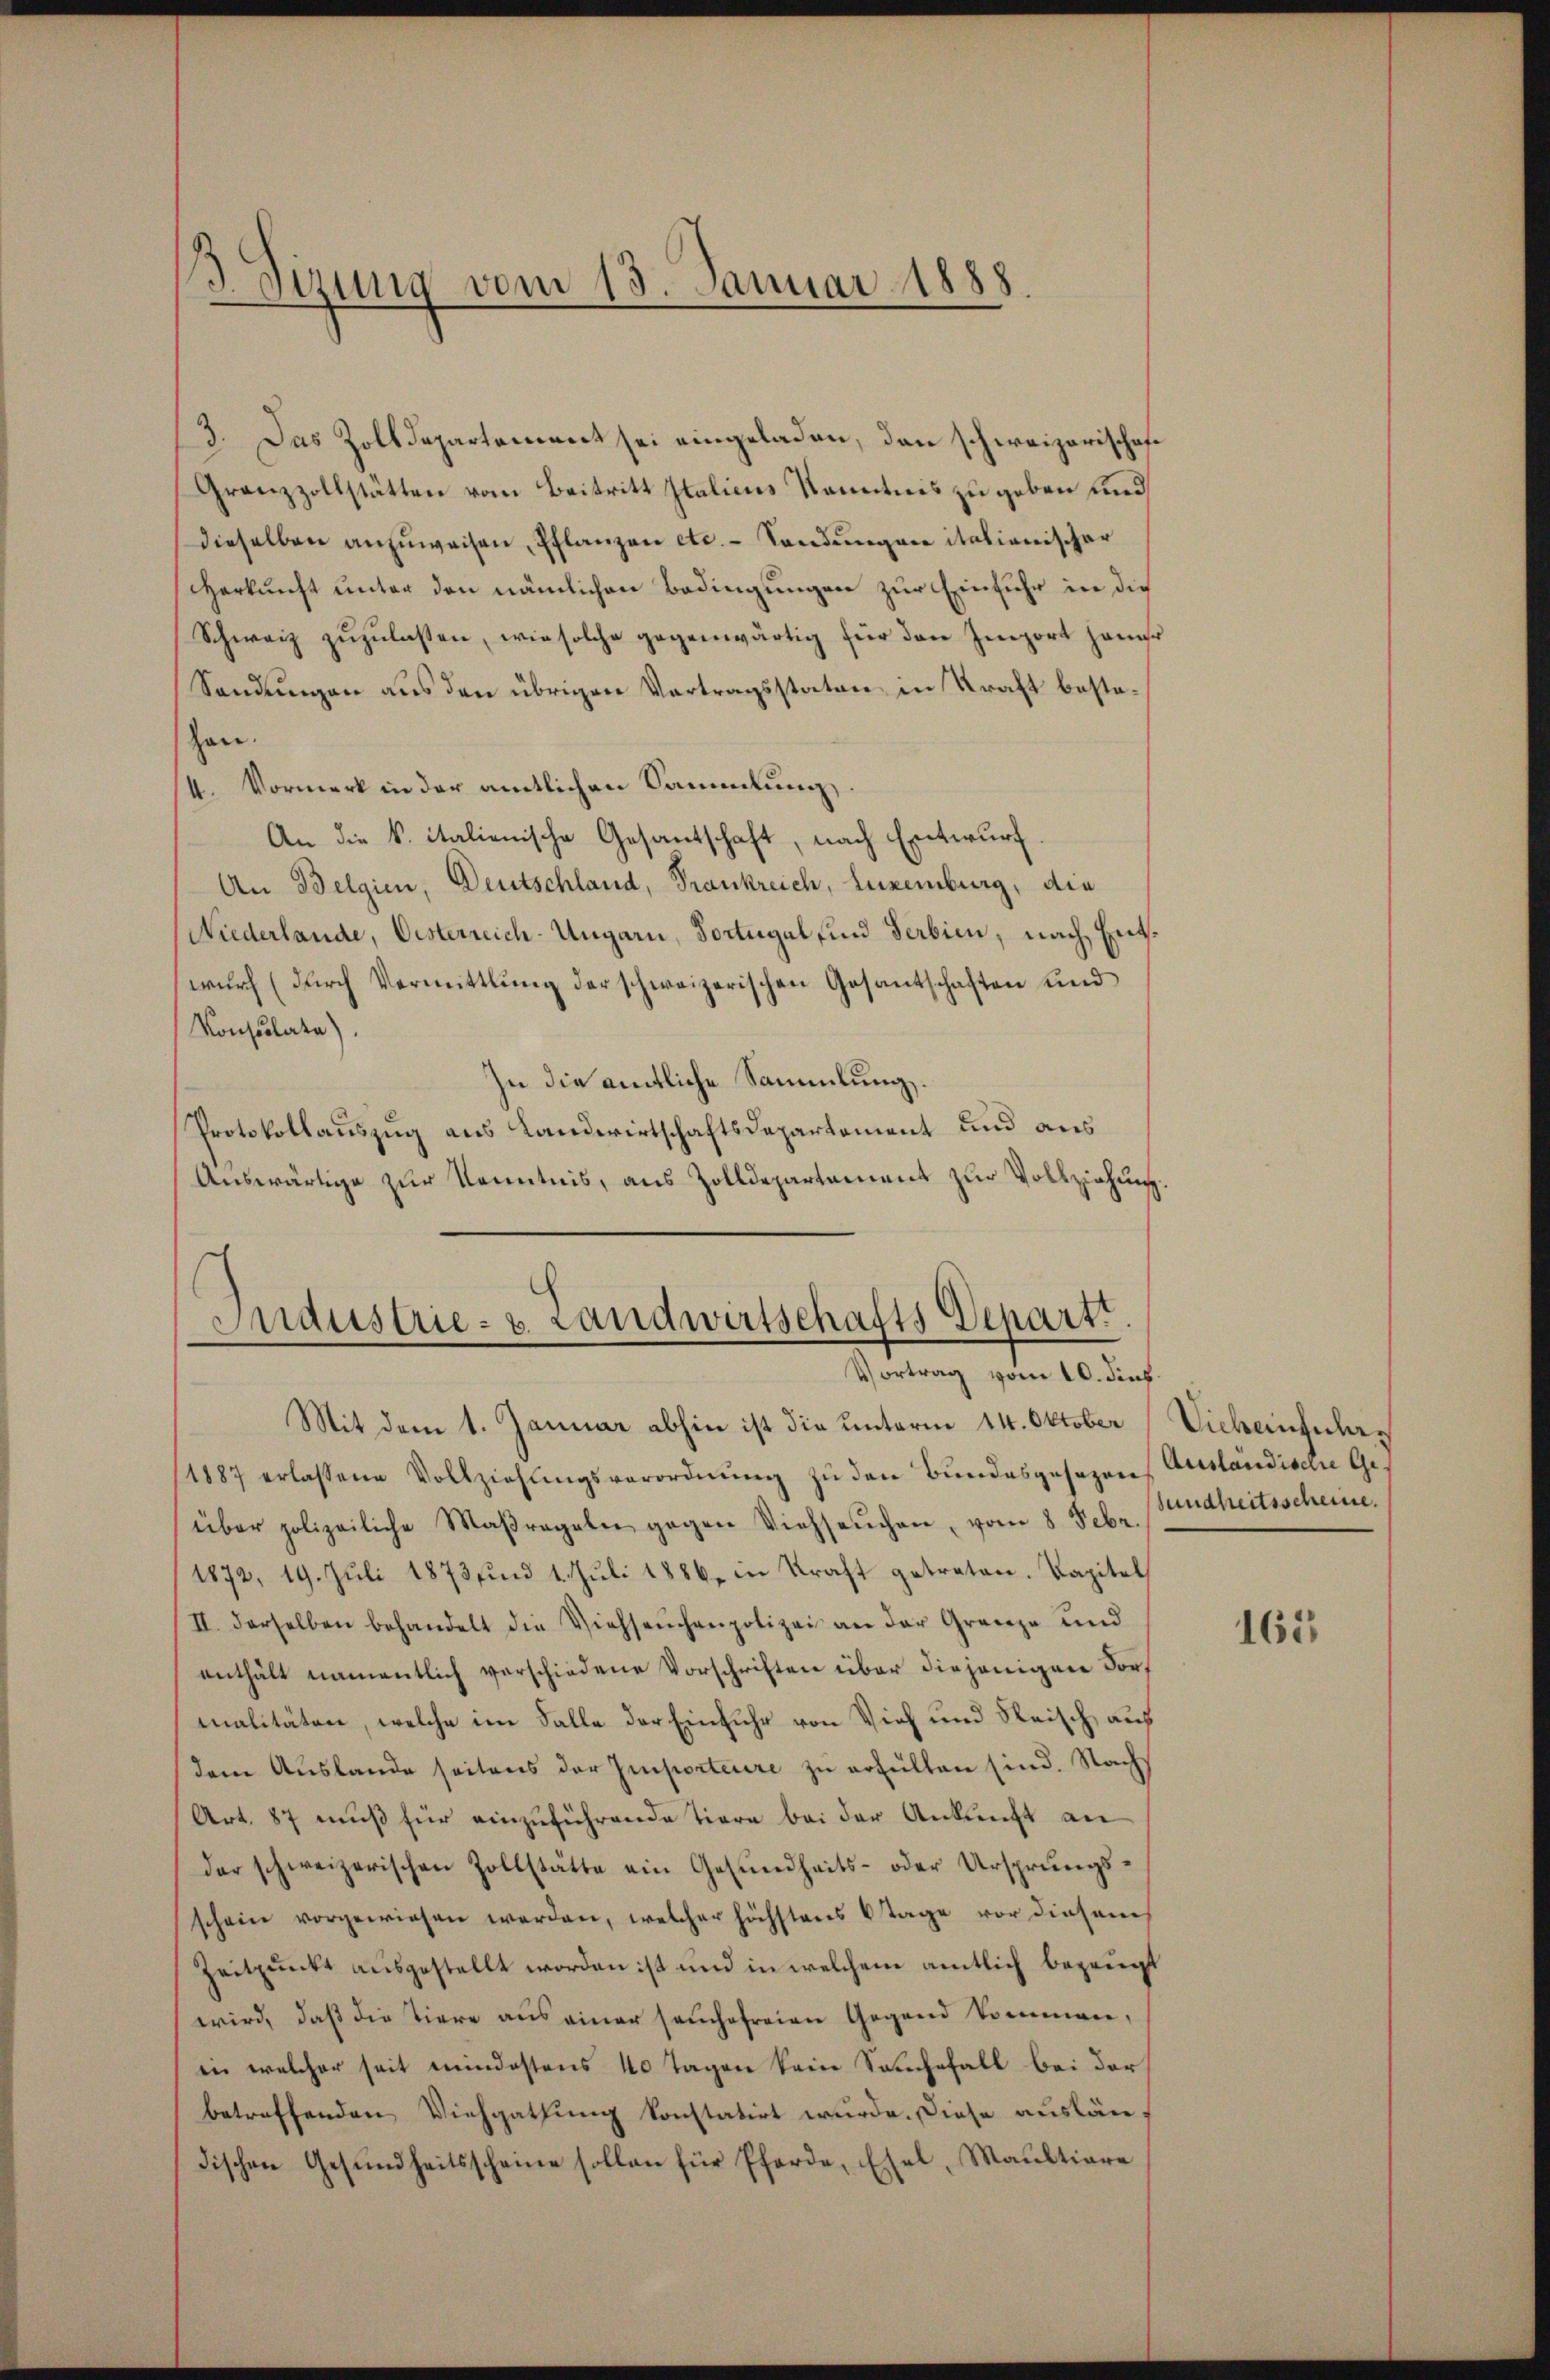
Sizung vom 13. Januar 1888

3. Das Zolldepartement sei eingeladen, dann schweizerischaf¬
Granzzollstätten vom Beitritt Italicus Kenntnis zu geben und
dieselben anzŭweisen, Pflanzen etc. - Sandungen italienischer
Herkunft unter den nämlichen Bedingungen zur Einfuhr in die
Schweiz zuzulassen, wie solche gegenwärtig für den Import jener
Sendungen aus den übrigen Vortragsstaten in Kraft bestohan.
4. Vormerk in der amtlichen Sammlung,
An die k. italienische Gesantschaft, nach Entwurf.
An Belgien, Deutschland, Frankreich, Luxenburg, die
Niederlande, Oesterreich-Ungarn, Fortugal und Serbien, nach Entwŭrf (dŭrch Vermittlung der schweizerischen Gesantschaften und
Konsulate).
In die amtliche Sammlung.
Protokollauszug aus Landwirtschaftsdepartement und aus
Auswärtige zur Kenntnis, aus Zolldepartement zur Vollziehe
une
8

Maustrie- u. Landwirtschafts Depart.
Vortrag vom 10. dies

Mit dem 1. Januar abhin ist die unterm 14. Oktober (Viehenhula¬
/1887 erlassene Vollziehungsverordnung zu den Bundesgesezens Ausländische Ge-
über polizeiliche Maßregeln gegen Viehseuchen, vom 8. Febr.
(1872, 19. Juli 1873 und 1. Juli 1886, in Kraft getreten. Kapitel
II. Derselben behandelt die Viehseuchenpolizei an der Grenze und
enthält namentlich verschiedene Vorschriften über diejenigen Dorf
malitäten, welche im Falle der Einfuhr von Vieh und Steisch, auf
dem Auslande seitens der Importeure zu erfüllen sind. Nach
Art. 87 muß für einzuführende Tiere bei der Ankunft an
der schweizerischen Zollstätte ein Gesundheits- oder Ursprungsschein vorgewiesen werden, welcher höchstens 6 Tage vor diesem
Zeitpunkt ausgestellt worden ist und in welchem amtlich bezeugt
wird, daß die Tiere aus einer seuchofreien Gegend kommen,
in welcher seit mindestens 40 Tagen kein Sachefall bei der
betreffenden Viehgathung konstatirt wurde. Diese ausländischen Gesŭndheitsscheine sollen für Pferde, Esel, Maultiere

sundheitsscheine.

165